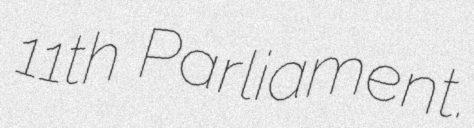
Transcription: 11th Parliament.